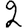
Digit: 2